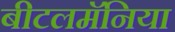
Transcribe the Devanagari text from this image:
बीटलमॅनिया